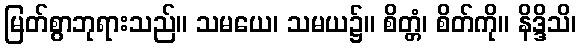
မြတ်စွာဘုရားသည်။ သမယေ၊ သမယ၌။ စိတ္တံ၊ စိတ်ကို။ နိဒ္ဒိသိ၊